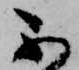
不